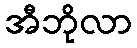
အီဘိုလာ